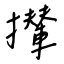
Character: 攆